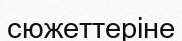
сюжеттеріне